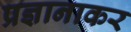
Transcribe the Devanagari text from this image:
प्रज्ञानाकर